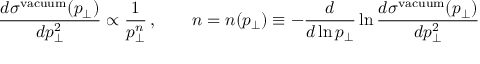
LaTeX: \frac { d \sigma ^ { \mathrm { v a c u u m } } ( p _ { \perp } ) } { d p _ { \perp } ^ { 2 } } \propto \frac 1 { p _ { \perp } ^ { n } } \, , \qquad n = n ( p _ { \perp } ) \equiv - \frac { d } { d \ln p _ { \perp } } \ln \frac { d \sigma ^ { \mathrm { v a c u u m } } ( p _ { \perp } ) } { d p _ { \perp } ^ { 2 } }